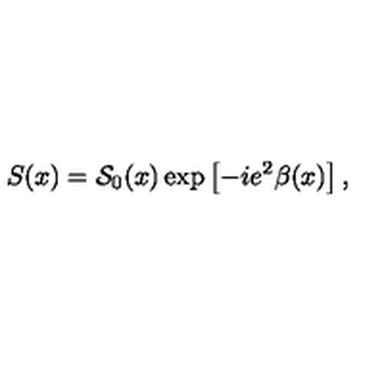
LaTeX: S ( x ) = { \cal S } _ { 0 } ( x ) \exp \left[ - i e ^ { 2 } \beta ( x ) \right] ,